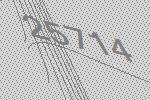
25714